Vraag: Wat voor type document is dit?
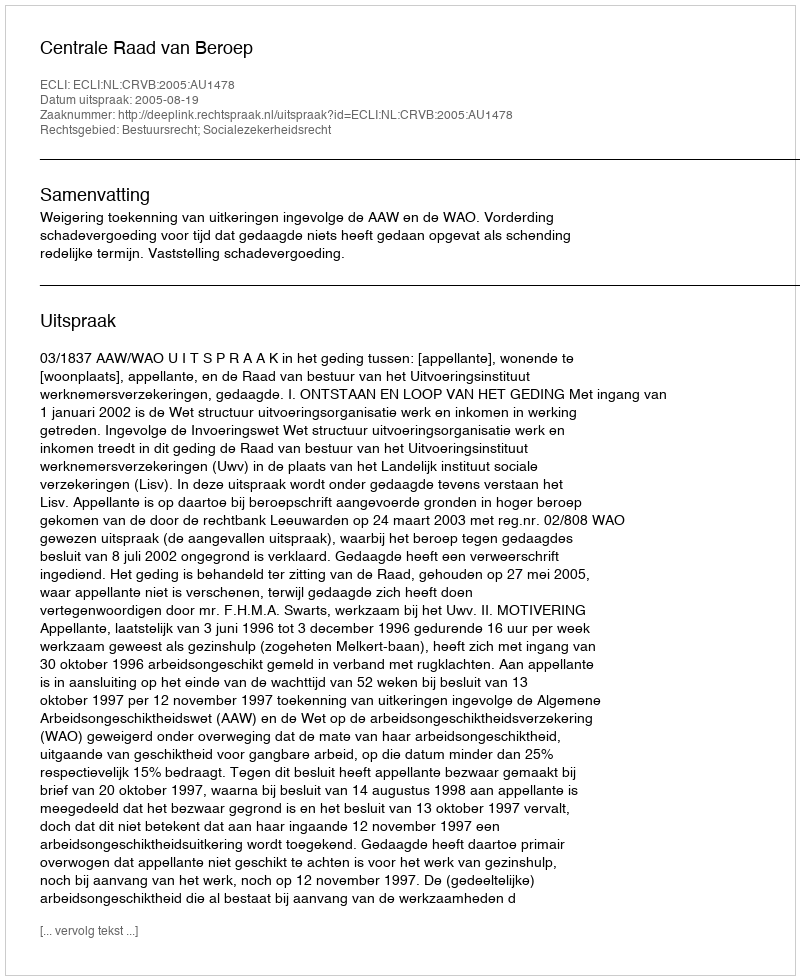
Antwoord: Uitspraak